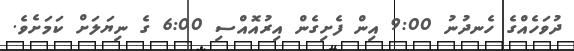
ދުވަހެއްގެ ހެނދުނު 9:00 އިން ފެށިގެން އިރުއޮއްސި 6:00 ގެ ނިޔަލަށް ކަމަށެވެ.